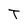
Character: T